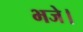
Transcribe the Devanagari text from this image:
भजे।